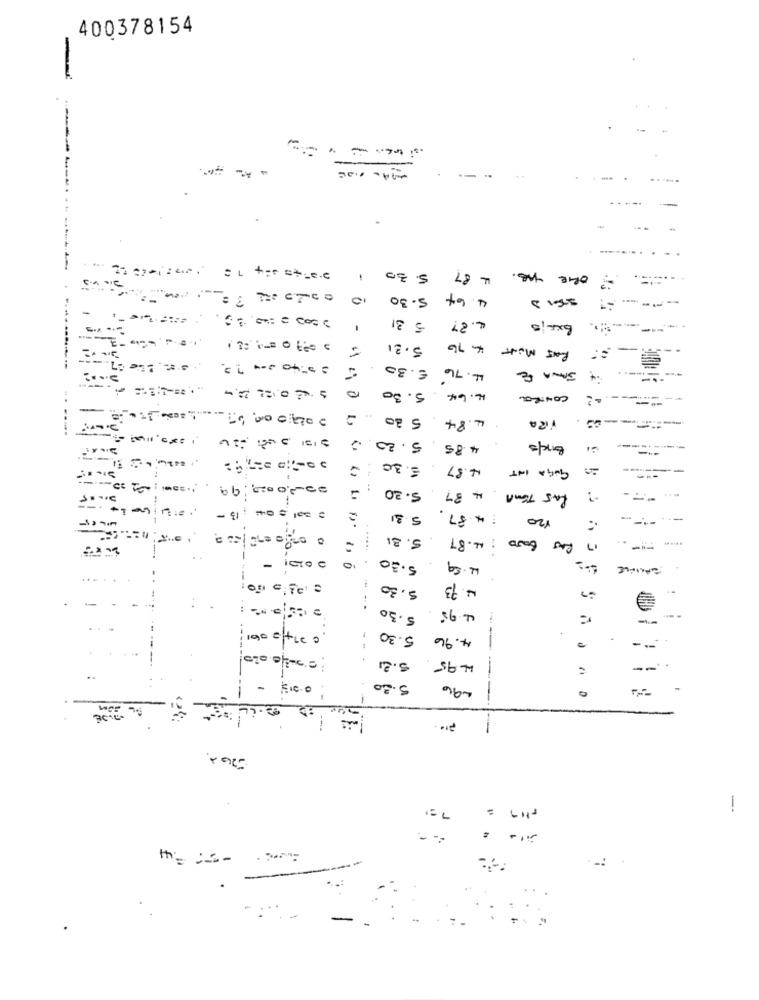
400378154
-
--
-4-0.00
- --
..
......
-----.
--
5.
87
ORIE TAB .
F
5.30
. 64
----
-
5 31
Bxris
4.27
.
5.31
4 76
RAS MONT
-
.r. Lic
2 0 40 == 7 2.
1 1
€.30
4.76
. JANA E
10
5.30
4. 64
CONTRE
--
5 30
4.84
.
5.20
4.85
Bone/s
--------
5.30
4.87
ENGA INT
1.0001: 225 ----
02-20020.99
5.2
37
RAS TEMA
a sal = 04 : 13 -
F
.31
5
37
120
-..
31
5.31
5.
AL. 87
--
0:51
. .....
5.30
-
FAMILLE
-
5.30
3.73
..
5.30
4.95
-
0 274/2001
5.30
4.96
.
-
5.21
---
495
--
0.212
5.30
-96
---
-
----
7=